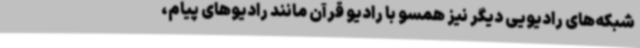
شبکه‌های رادیویی دیگر نیز همسو با رادیو قرآن مانند رادیوهای پیام،